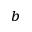
^ b